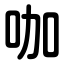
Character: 咖